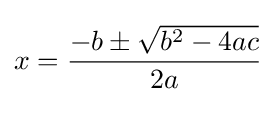
{\overset {}{\underset {}{x={\frac {-b\pm {\sqrt {b^{2}-4ac}}}{2a}}}}}